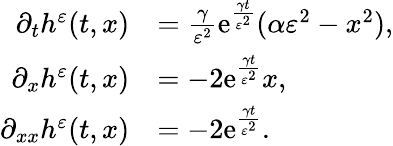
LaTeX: \begin{array}{rl}{\partial_{t}h^{\varepsilon}(t,x)}&{=\frac{\gamma}{\varepsilon^{2}}\mathrm{e}^{\frac{\gamma t}{\varepsilon^{2}}}(\alpha\varepsilon^{2}-x^{2}),}\\ {\partial_{x}h^{\varepsilon}(t,x)}&{=-2\mathrm{e}^{\frac{\gamma t}{\varepsilon^{2}}}x,}\\ {\partial_{xx}h^{\varepsilon}(t,x)}&{=-2\mathrm{e}^{\frac{\gamma t}{\varepsilon^{2}}}.}\end{array}